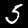
Digit: 5